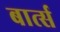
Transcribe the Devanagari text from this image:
बार्त्स